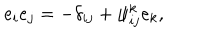
e _ { i } e _ { j } = - \delta _ { i j } + \psi _ { i j } ^ { k } e _ { k } ,